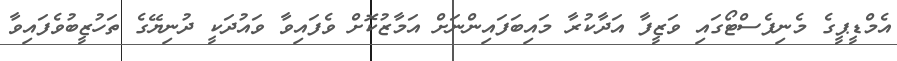
އެމްޑީޕީގެ މެނިފެސްޓޯގައި ވަޒީފާ އަދާކުރާ މައިބަފައިންނަށް އަމާޒުކޮށް ވެފައިވާ ވައުދަކީ ދުނިޔޭގެ ތަހުޒީބުވެފައިވާ